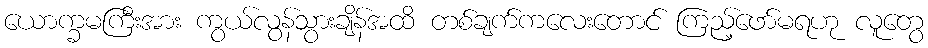
ယောက္ခမကြီးအား ကွယ်လွန်သွားချိန်အထိ တစ်ချက်ကလေးတောင် ကြည့်ဖော်မရဟု လူတွေ